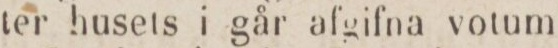
ter husets i går afgifna votum